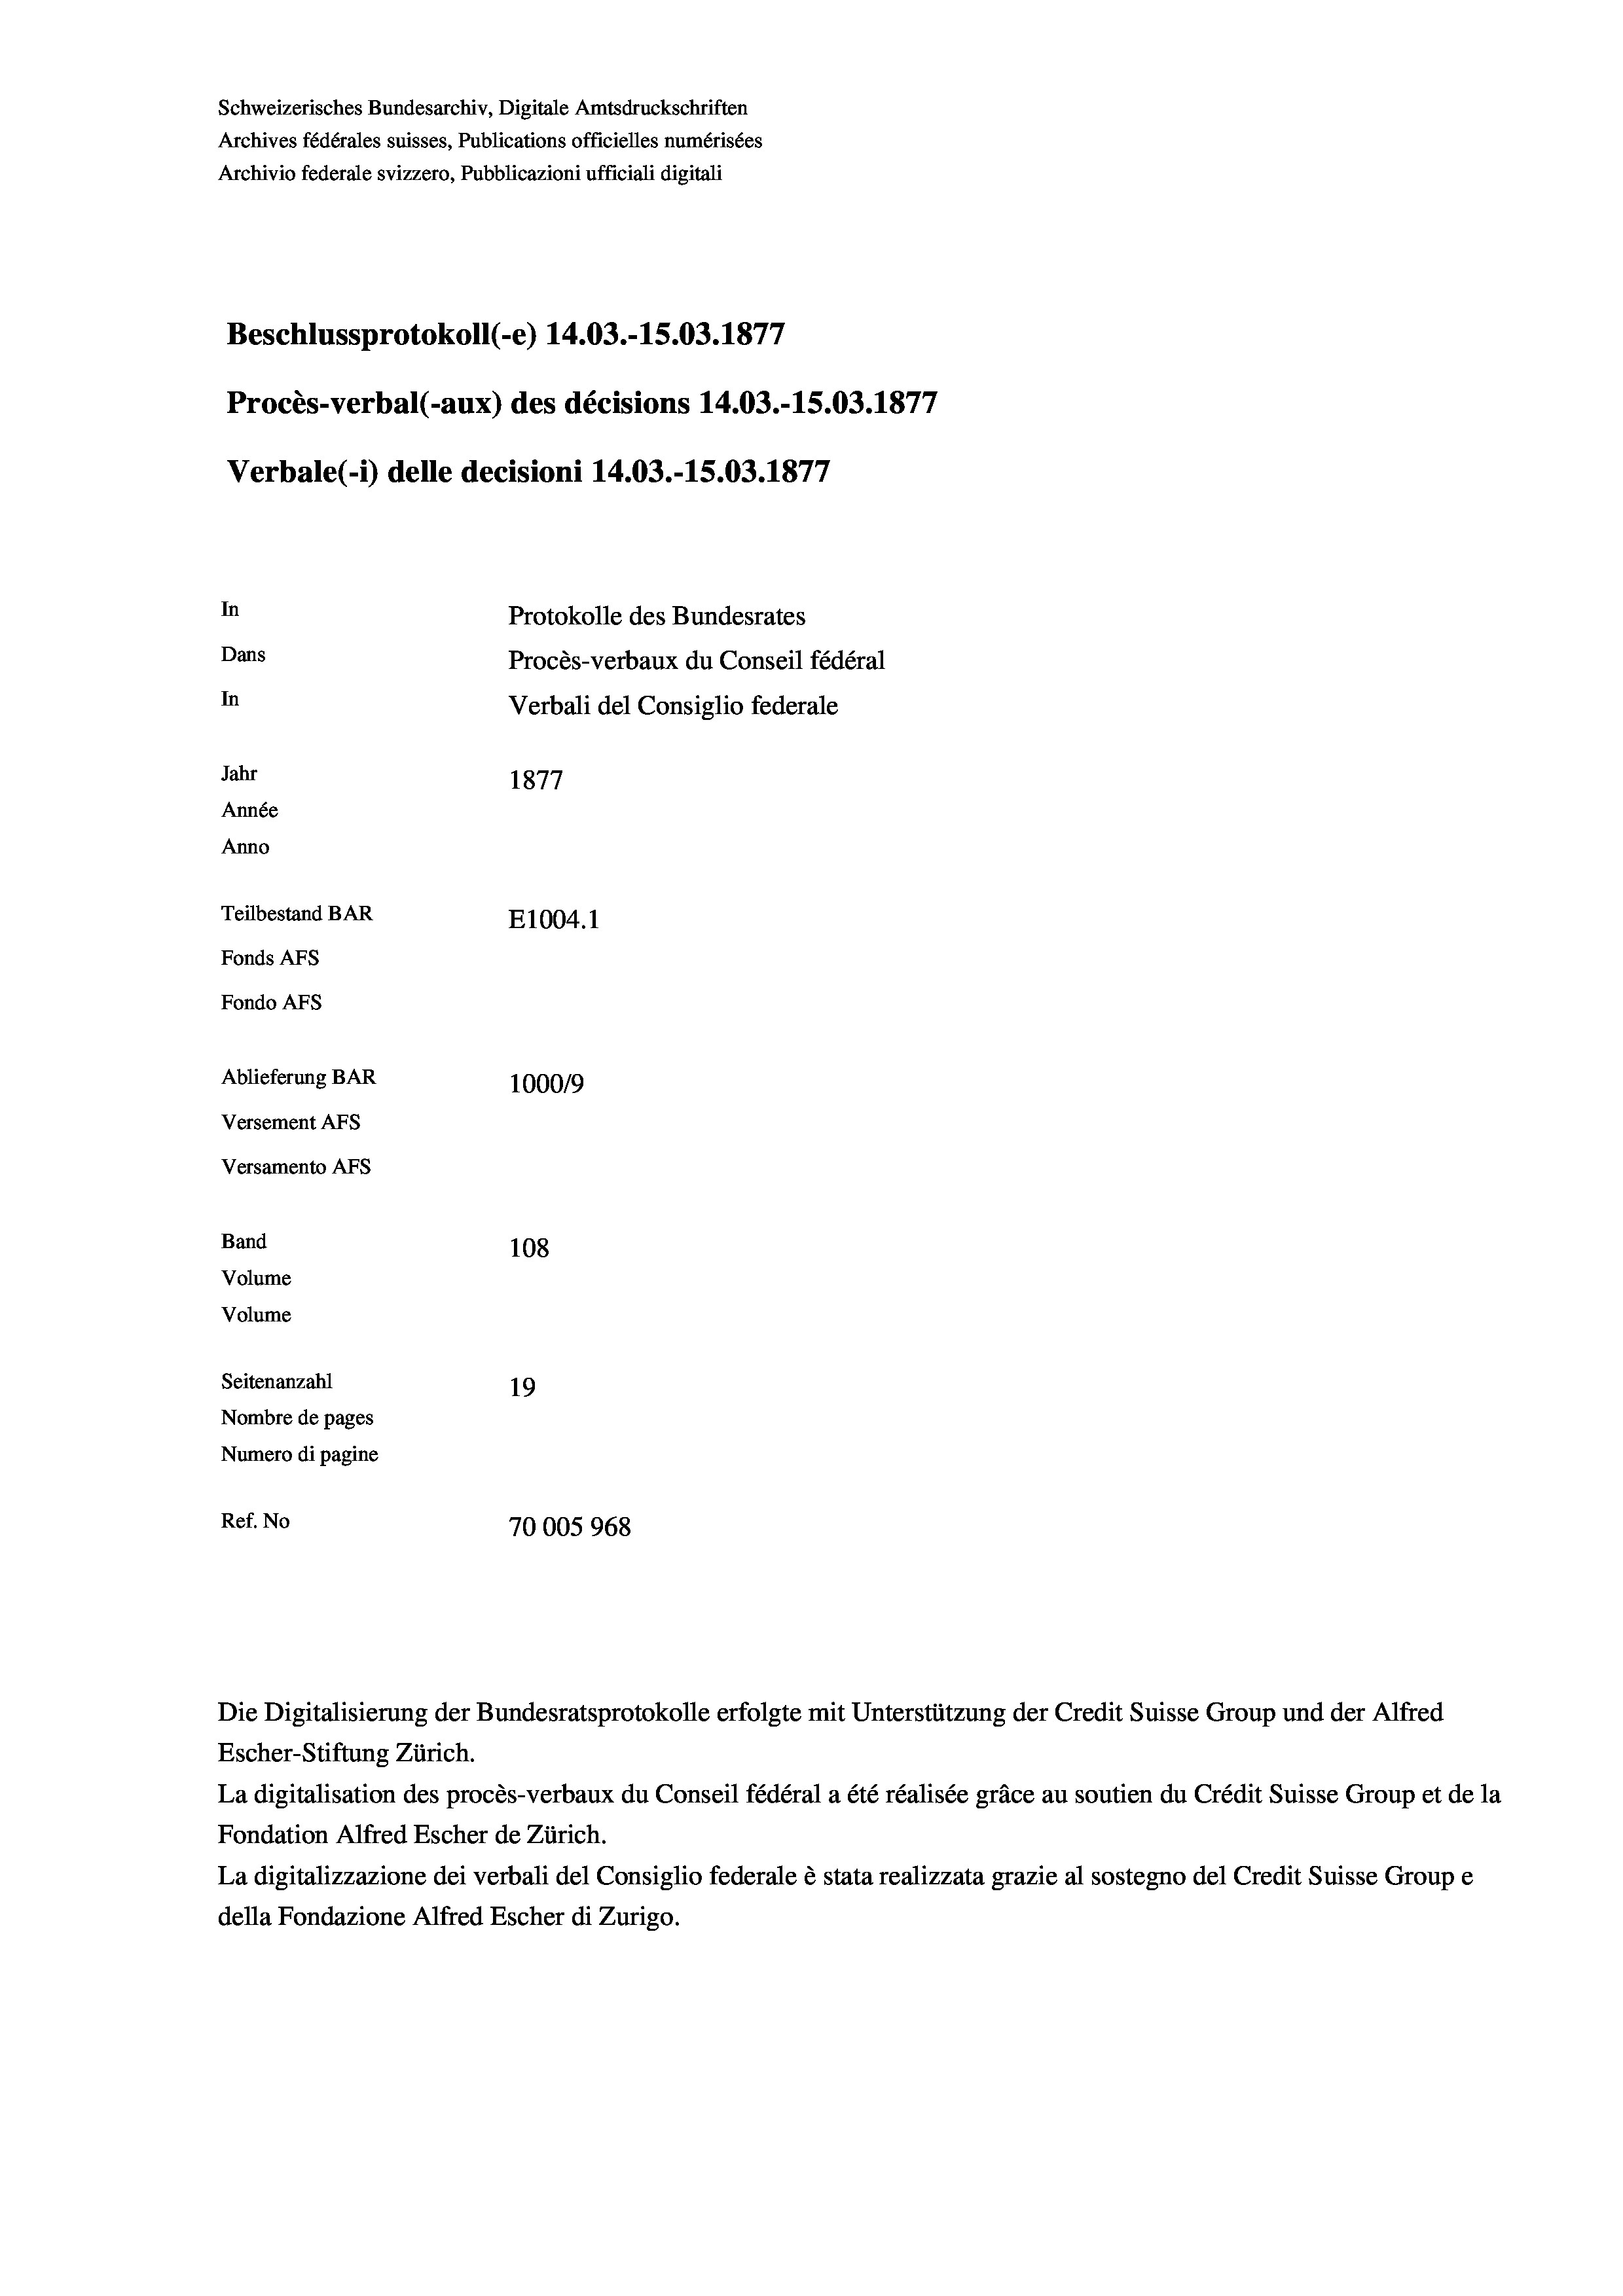
Schweizerisches Bundesarchiv, Digitale Amtsdruckschriften
Archives fédérales suisses, Publications officielles numérisées
Archivio federale svizzero, Pubblicazioni ufficiali digitali
Beschlussprotokoll (-e) 14.03.-15.03. 1877
Procès-verbal (-aux) des décisions 14.03.-15.03. 1877
Verbale(-*) delle decisioni 14.03.-15.03. 1877
In
Protokolle des Bundesrates
Dans
Procès-verbaux du Conseil fédéral
In
Verbali del Consiglio federale
Jahr
1877
Année
Anno
Teilbestand BAR
E1004. 1
Fonds AFs
Fondo AFS

Ablieferung BAR
Versement AFs
Versamento Afs
Band
Volume
Volume

100019
108
Seitenanzahl
19
Nombre de pages
Numero di pagine
Ref. No
70005 968

Escher-Stiftung Zürich.
La digitalisation des procès-verbaux du Conseil fédéral a été réalisée gräce au soutien du Crédit Suisse Group et de la
Fondation Alfred Escher de Zürich.
La digitalizzazione dei verbali del Consiglio federale è stata realizzata grazie al sostegno del Credit Suisse Groupe
della Fondazione Alfred Escher di Zurigo.

Die Digitalisierung der Bundesratsprotokolle erfolgte mit Unterstützung der Credit Suisse Group und der Alfred